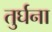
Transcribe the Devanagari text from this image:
तुर्घना